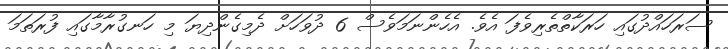
ސަރަހައްދުގައި ހަރަކާތްތެރިވެފަ އެވެ. އެހެންނަމަވެސް 6 ދުވަހަށް ދެމިގެންދިޔަ މި ހަނގުރާމާގައި ފުރަތަމަ